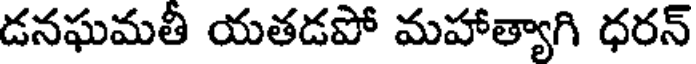
డనఘమతీ యతడపో మహాత్యాగి ధరన్